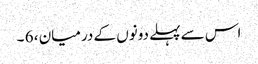
اس سے پہلے دونوں کے درمیان ، 6 ۔